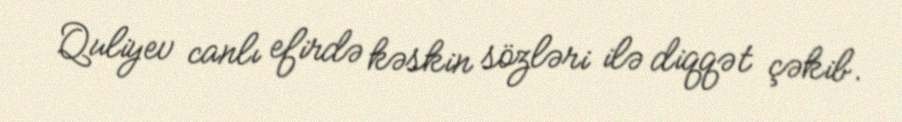
Quliyev canlı efirdə kəskin sözləri ilə diqqət çəkib.